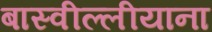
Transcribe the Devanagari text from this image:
बास्वील्लीयाना